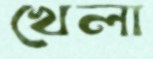
খেলা